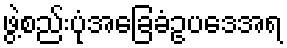
ဖွဲ့စည်းပုံအခြေခံဥပဒေအရ